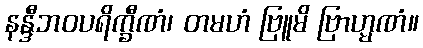
နန္ဒီဘဝပရိက္ခီဏံ၊ တမဟံ ဗြူမိ ဗြာဟ္မဏံ။